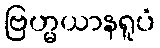
ဗြဟ္မယာနရူပံ